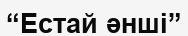
“Естай әнші”